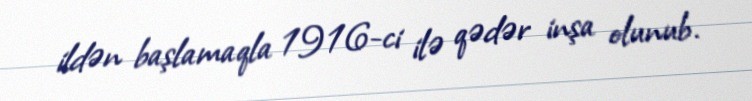
ildən başlamaqla 1916-ci ilə qədər inşa olunub.